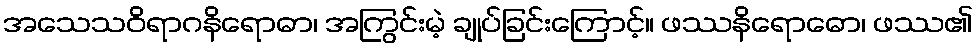
အသေသဝိရာဂနိရောဓာ၊ အကြွင်းမဲ့ ချုပ်ခြင်းကြောင့်။ ဖဿနိရောဓော၊ ဖဿ၏